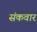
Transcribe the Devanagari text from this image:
संकवार